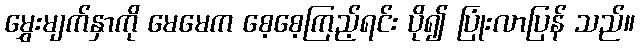
မွှေးမျက်နှာကို မေမေက စေ့စေ့ကြည့်ရင်း ပို၍ ပြုံးလာပြန် သည်။